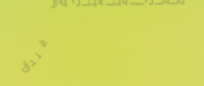
قاعات المناسبات في فندق ا